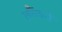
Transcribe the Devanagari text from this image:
छौंकने